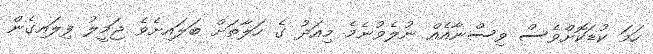
ހަމަ ކުޑަކޮށްވެސް ވިސްނާއެއް ނުލެވުނެމެ މިއަދު ގެ ހަލާތަށް ބަލައިށެވެ ޖަމީލު ފިލައިގެން